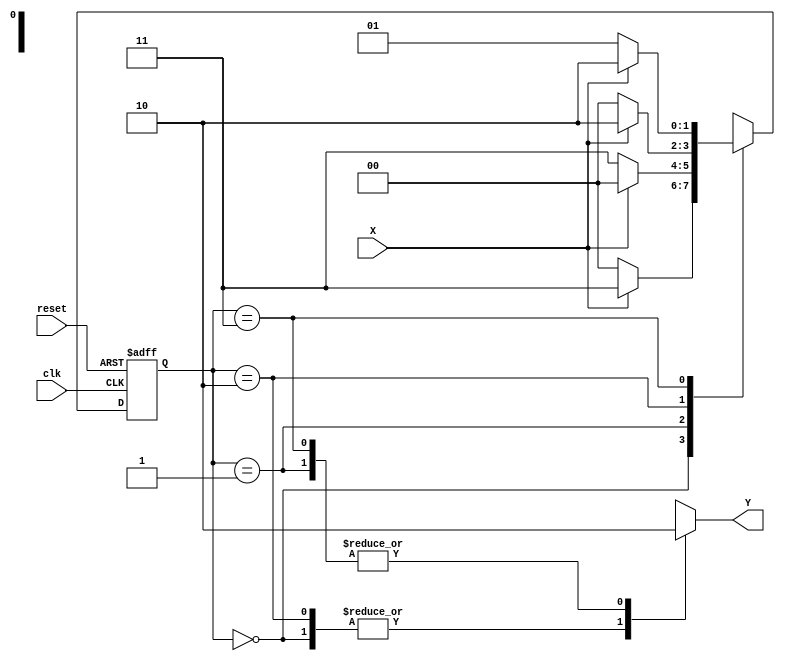
module Door_Lock( clk, reset, X, Y);
    
 input wire clk, reset,X;
 output reg Y;

 
  reg [1:0] Q;
  reg [1:0] next_Q;




always @ (posedge clk, posedge reset)begin
  if (reset == 1'b1) begin
   Q     <= 2'b00;
    end
  else
   Q <= next_Q;
end

always @ (*)begin
     Y  = 1'b0;
 case (Q)
   2'b00: begin
            Y  = 1'b1; 
            if(X==1'b0)
              next_Q = 2'b00;
            else
              next_Q = 2'b11;
          end

   2'b01: begin
            Y  = 1'b0; 
            if(X==1'b0)
              next_Q = 2'b11;
            else
              next_Q = 2'b00;
          end
   2'b10: begin
            Y  = 1'b1; 
            if(X==1'b0)
              next_Q = 2'b00;
            else
              next_Q = 2'b10;
          end
   2'b11:  begin
            Y  = 1'b0; 
            if(X==1'b0)
              next_Q = 2'b01;
            else
              next_Q = 2'b10;
          end
   default : next_Q = 2'b00;
   endcase

end

endmodule